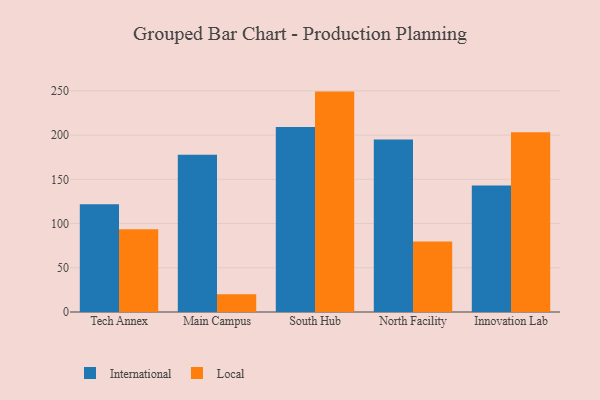
{"axis": {"x": "Campus", "y": "Revenue (USD Million)"}, "legend": ["International", "Local"], "data": [{"x": "Tech Annex", "y": 121.9, "type": "International"}, {"x": "Tech Annex", "y": 93.6, "type": "Local"}, {"x": "Main Campus", "y": 177.7, "type": "International"}, {"x": "Main Campus", "y": 20.1, "type": "Local"}, {"x": "South Hub", "y": 209.2, "type": "International"}, {"x": "South Hub", "y": 249.2, "type": "Local"}, {"x": "North Facility", "y": 194.9, "type": "International"}, {"x": "North Facility", "y": 79.6, "type": "Local"}, {"x": "Innovation Lab", "y": 143.1, "type": "International"}, {"x": "Innovation Lab", "y": 203.1, "type": "Local"}]}